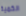
الكمية